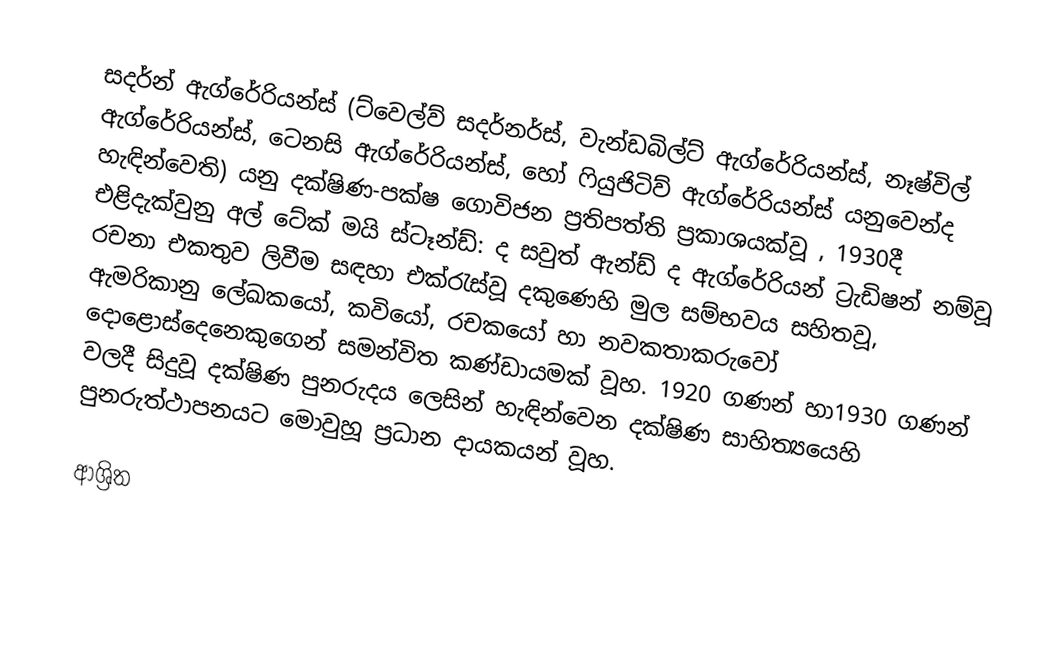
සදර්න් ඇග්රේරියන්ස් (ට්වෙල්ව් සදර්නර්ස්, වැන්ඩබිල්ට් ඇග්රේරියන්ස්, නෑෂ්විල් ඇග්රේරියන්ස්, ටෙනසි ඇග්රේරියන්ස්, හෝ ෆියුජිටිව් ඇග්රේරියන්ස් යනුවෙන්ද හැඳින්වෙති) යනු දක්ෂිණ-පක්ෂ ගොවිජන ප්‍රතිපත්ති ප්‍රකාශයක්වූ , 1930දී එළිදැක්වුනු  අල් ටේක් මයි ස්ටෑන්ඩ්: ද සවුත් ඇන්ඩ් ද ඇග්රේරියන් ට්‍රැඩිෂන් නම්වූ රචනා එකතුව ලිවීම සඳහා එක්රැස්වූ  දකුණෙහි මුල සම්භවය සහිතවූ, ඇමරිකානු ලේඛකයෝ, කවියෝ, රචකයෝ හා නවකතාකරුවෝ දොළොස්දෙනෙකුගෙන් සමන්විත කණ්ඩායමක් වූහ.   1920 ගණන් හා1930 ගණන් වලදී සිදුවූ  දක්ෂිණ පුනරුදය ලෙසින් හැඳින්වෙන දක්ෂිණ සාහිත්‍යයෙහි පුනරුත්ථාපනයට මොවුහූ ප්‍රධාන දායකයන් වූහ.

ආශ්‍රිත